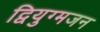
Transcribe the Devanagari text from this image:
द्वियुग्मजन